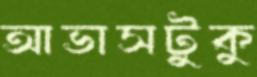
আভাসটুকু